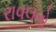
રાવલનો